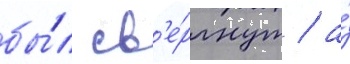
бы́л св'е́ргнут / а́